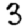
Digit: 3